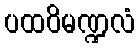
ပထဝိမဏ္ဍလံ